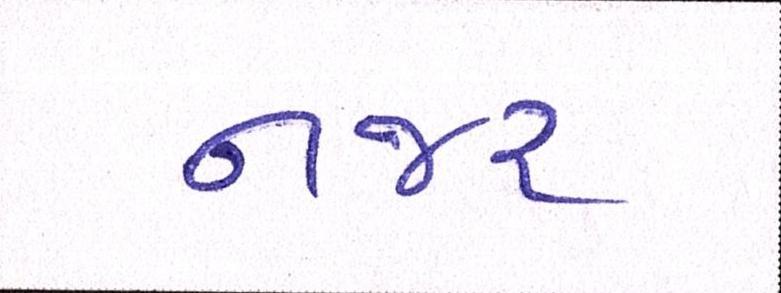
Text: નજર